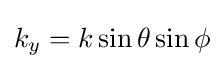
k_{y}=k\sin \theta \sin \phi